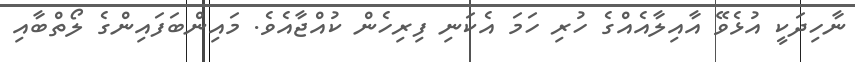
ނާހިދަކީ އުޅެވޭ އާއިލާއެއްގެ ހުރި ހަމަ އެކަނި ފިރިހެން ކުއްޖާއެވެ. މައިންބަފައިންގެ ލޯތްބާއި